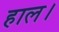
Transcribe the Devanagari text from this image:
हाल।